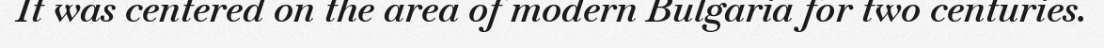
It was centered on the area of modern Bulgaria for two centuries.